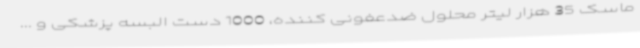
ماسک 35 هزار لیتر محلول ضدعفونی کننده، 1000 دست البسه پزشکی و ...